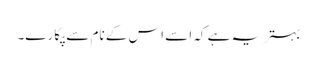
بہتر یہ ہے کہ اسے اس کے نام سے پکارے۔